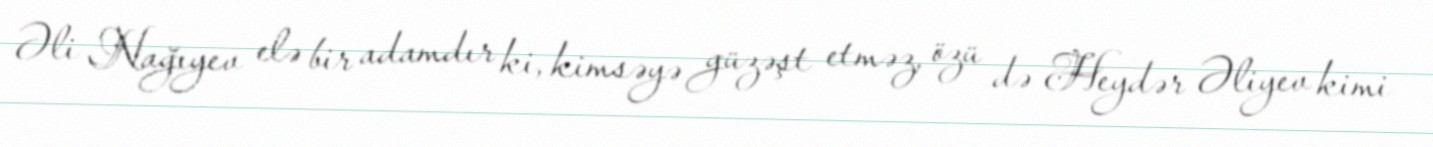
Əli Nağıyev elə bir adamdır ki, kimsəyə güzəşt etməz, özü də Heydər Əliyev kimi